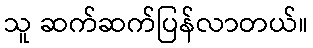
သူ ဆက်ဆက်ပြန်လာတယ်။